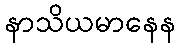
နာသိယမာနေန